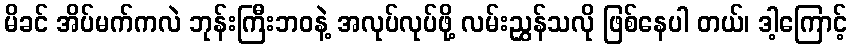
မိခင် အိပ်မက်ကလဲ ဘုန်းကြီးဘဝနဲ့ အလုပ်လုပ်ဖို့ လမ်းညွှန်သလို ဖြစ်နေပါ တယ်၊ ဒါ့ကြောင့်